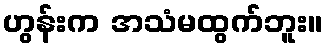
ဟွန်းက အသံမထွက်ဘူး။